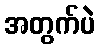
အတွက်ပဲ